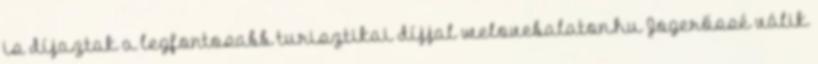
is díjaztak a legfontosabb turisztikai díjjal welovebalaton.hu Jogerőssé válik